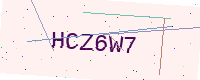
Text: HCZ6W7